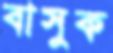
বাসুক